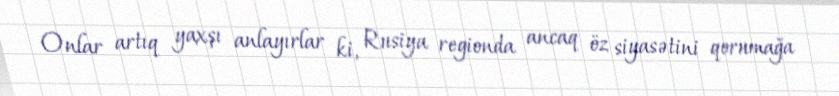
Onlar artıq yaxşı anlayırlar ki, Rusiya regionda ancaq öz siyasətini qorumağa